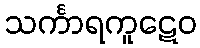
သင်္ကာရကူဋေဝ